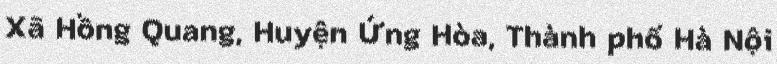
Xã Hồng Quang, Huyện Ứng Hòa, Thành phố Hà Nội